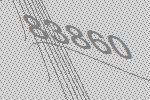
83860